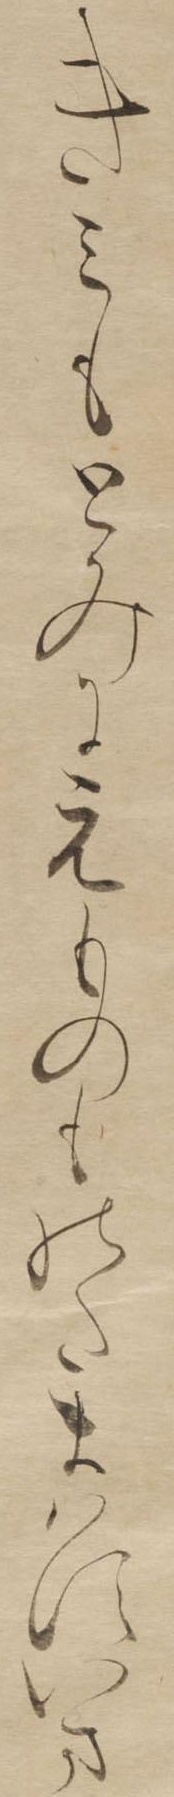
きみもとみにえものものたまはすいま